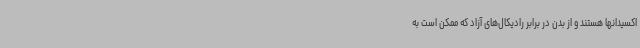
اکسیدانها هستند و از بدن در برابر رادیکال‌های آزاد که ممکن است به